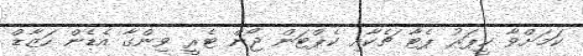
ކަމަށްވާ ކީޕަރު ޕެޓާ ޗެކާއި ކެޕްޓަން ޖޯން ޓެރީ ވިންގާ އެޑެން ހަޒާޑް